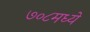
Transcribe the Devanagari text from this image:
७०८मध्ये